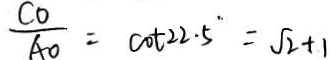
\frac { C O } { A O } = \cot 2 2 . 5 = \sqrt { 2 } + 1